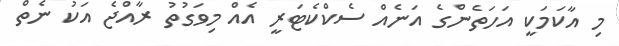
މި އާކަމަކީ އަހަތެންގެ އަނެއް ސެކްކެޓަރީ އެއް މިވަގުތު ރާއްޖެ އަކު ނެތް